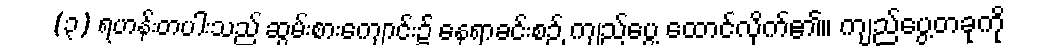
(၃) ရဟန်းတပါးသည် ဆွမ်းစားကျောင်း၌ နေရာခင်းစဉ် ကျည်ပွေ့ ထောင်လိုက်၏။ ကျည်ပွေ့တခုကို